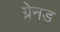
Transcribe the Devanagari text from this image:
ग्रेनड